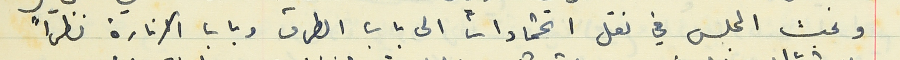
وبحث المجلس في نقل اعتمادات الى باب الطرق وباب الانارة نظراً